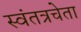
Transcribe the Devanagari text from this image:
स्वंतत्रचेता